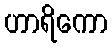
ဟာရိကော